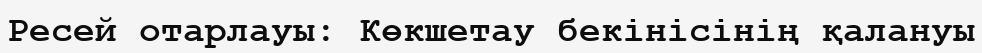
Ресей отарлауы: Көкшетау бекінісінің қалануы